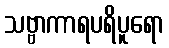
သဗ္ဗာကာရပရိပူရော